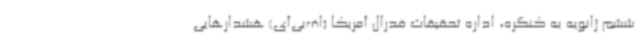
ششم ژانویه به کنگره، اداره تحقیقات فدرال آمریکا (اف‌بی‌آی) هشدارهایی